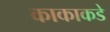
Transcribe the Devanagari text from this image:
काकाकडे